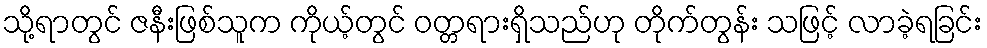
သို့ရာတွင် ဇနီးဖြစ်သူက ကိုယ့်တွင် ဝတ္တရားရှိသည်ဟု တိုက်တွန်း သဖြင့် လာခဲ့ရခြင်း